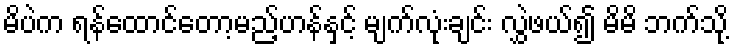
မိပဲက ရန်ထောင်တော့မည့်ဟန်နှင့် မျက်လုံးချင်း လွှဲဖယ်၍ မိမိ ဘက်သို့